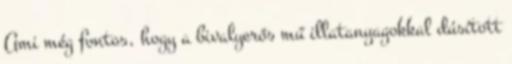
Ami még fontos, hogy a bivalyerős mű illatanyagokkal dúsított